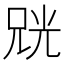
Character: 𫪨